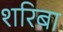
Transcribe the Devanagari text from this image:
शरिबा